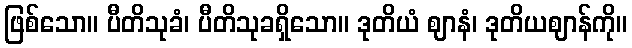
ဖြစ်သော။ ပီတိသုခံ၊ ပီတိသုခရှိသော။ ဒုတိယံ ဈာနံ၊ ဒုတိယဈာန်ကို။